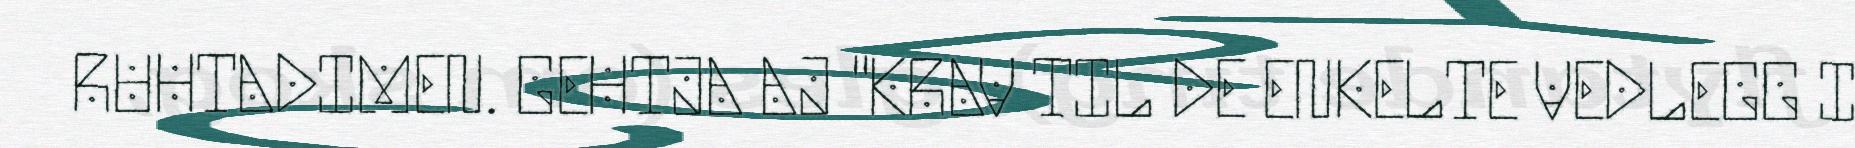
RUHTADIMEN. GEHTJA AJ "KRAV TIL DE ENKELTE VEDLEGG I